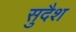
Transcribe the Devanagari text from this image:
सुदैश